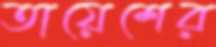
তায়েশের